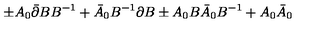
\pm A _ { 0 } \bar { \partial } B B ^ { - 1 } + \bar { A } _ { 0 } B ^ { - 1 } \partial B \pm A _ { 0 } B \bar { A } _ { 0 } B ^ { - 1 } + A _ { 0 } \bar { A } _ { 0 }